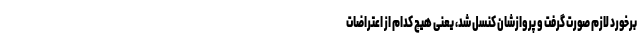
برخورد لازم صورت گرفت و پروازشان کنسل شد، یعنی هیچ کدام از اعتراضات